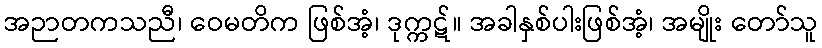
အဉာတကသညီ၊ ဝေမတိက ဖြစ်အံ့၊ ဒုက္ကဋ်။ အခါနှစ်ပါးဖြစ်အံ့၊ အမျိုး တော်သူ